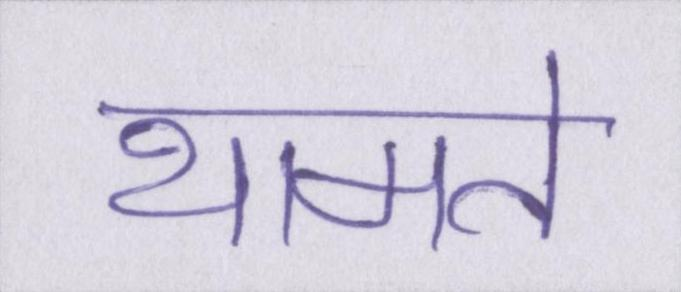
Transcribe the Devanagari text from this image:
थामते